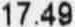
17.49